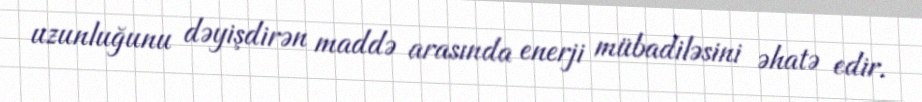
uzunluğunu dəyişdirən maddə arasında enerji mübadiləsini əhatə edir.